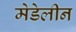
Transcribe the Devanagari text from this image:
मेडेलीन